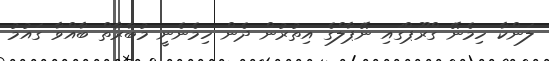
ލަންކާ ހިމެނޭ ގްރޫޕްގައި ނޭޕާލްގެ އިތުރުން ދެން ހިމެނެނީ މުބާރާތް ބާއްވާ ގައުމު